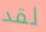
لقد